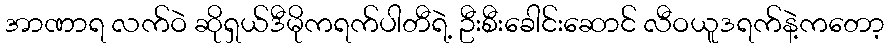
အာဏာရ လက်ဝဲ ဆိုရှယ်ဒီမိုကရက်ပါတီရဲ့ ဦးစီးခေါင်းဆောင် လီဝယူဒရက်နဲ့ကတော့